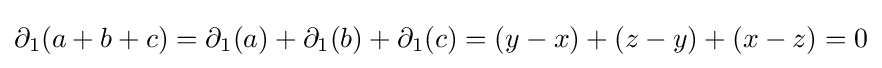
\partial _{1}(a+b+c)=\partial _{1}(a)+\partial _{1}(b)+\partial _{1}(c)=(y-x)+(z-y)+(x-z)=0